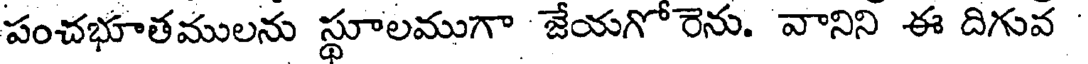
పంచభూతములను స్థూలముగా జేయగో రెను. వానిని ఈ దిగువ